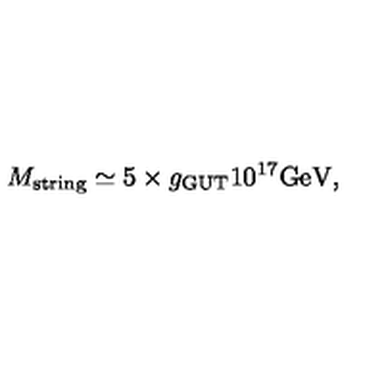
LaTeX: M _ { \mathrm { s t r i n g } } \simeq 5 \times g _ { \mathrm { G U T } } 1 0 ^ { 1 7 } \mathrm { G e V } ,